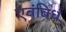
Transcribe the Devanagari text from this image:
एवंविधं